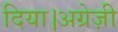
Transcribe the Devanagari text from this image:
दिया।अग्रेज़ी